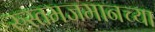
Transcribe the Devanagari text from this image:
रुस्तमजमानच्या